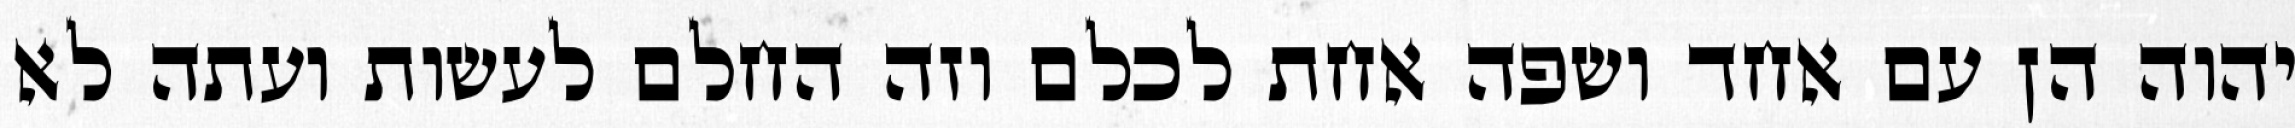
יהוה הן עם אחד ושפה אחת לכלם וזה החלם לעשות ועתה לא